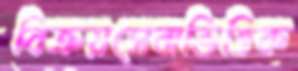
বিক্রয়সেবাভিত্তিক